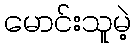
မောင်းသူမဲ့